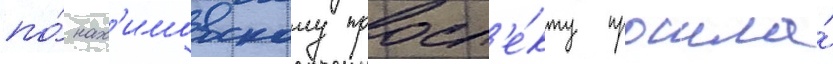
по́ нах'имовскому просп'е́кту прошла́